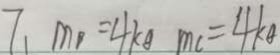
7 、 m p = 4 k g m c = 4 k g